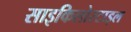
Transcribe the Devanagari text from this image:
साइकिलोस्टाइल